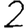
Digit: 2